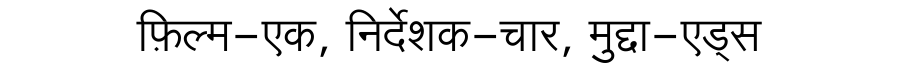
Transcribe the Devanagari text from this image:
फ़िल्म-एक, निर्देशक-चार, मुद्दा-एड्स